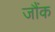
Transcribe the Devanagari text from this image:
जौंक